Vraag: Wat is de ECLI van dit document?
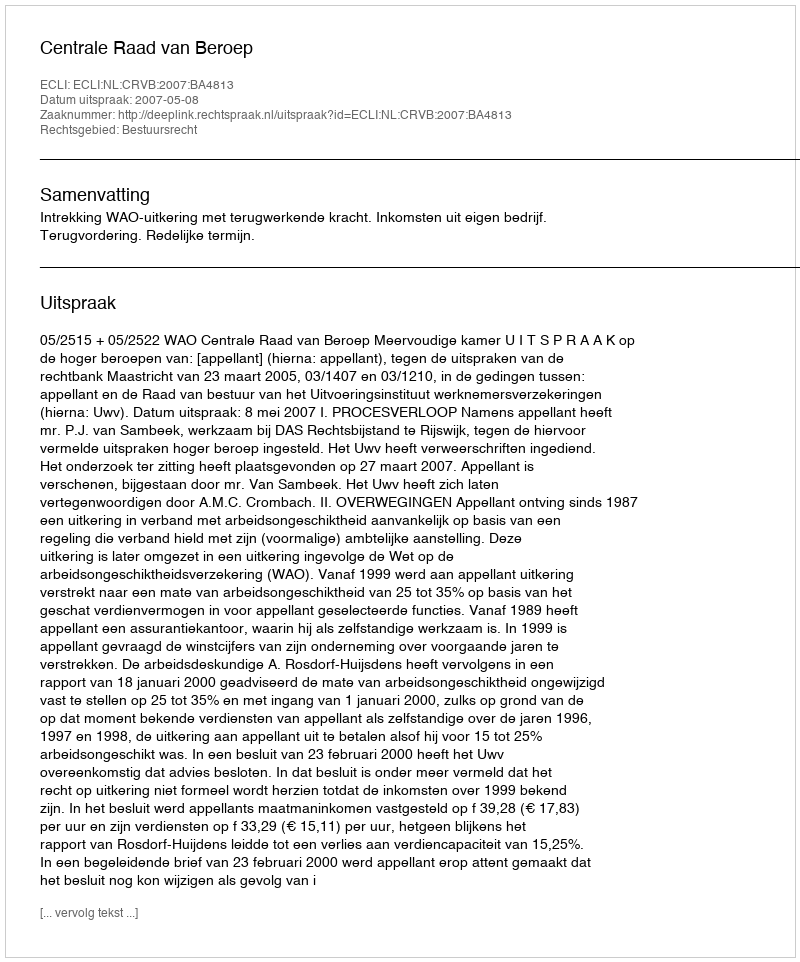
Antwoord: ECLI:NL:CRVB:2007:BA4813